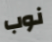
نوب